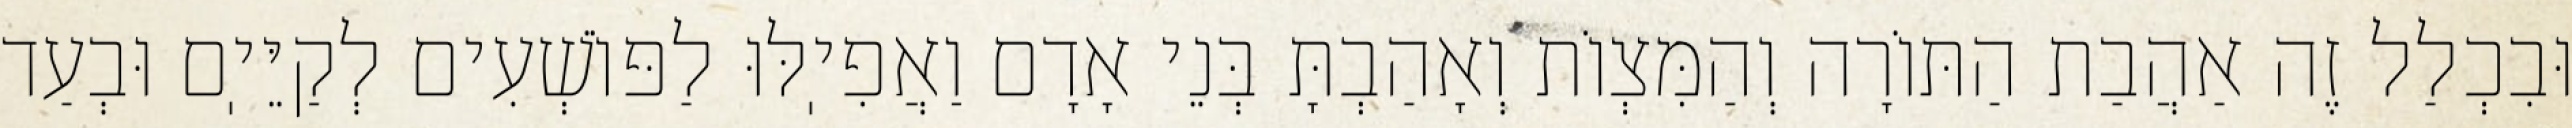
וּבִכְלַל זֶה אַהֲבַת הַתּוֹרָה וְהַמִּצְוֹת וְאָהַבְתָּ בְּנֵי אָדָם וַאֲפִיֽלּוּ לַפּוֹשְׁעִים לְקַיֵּיֽם וּבְעַד